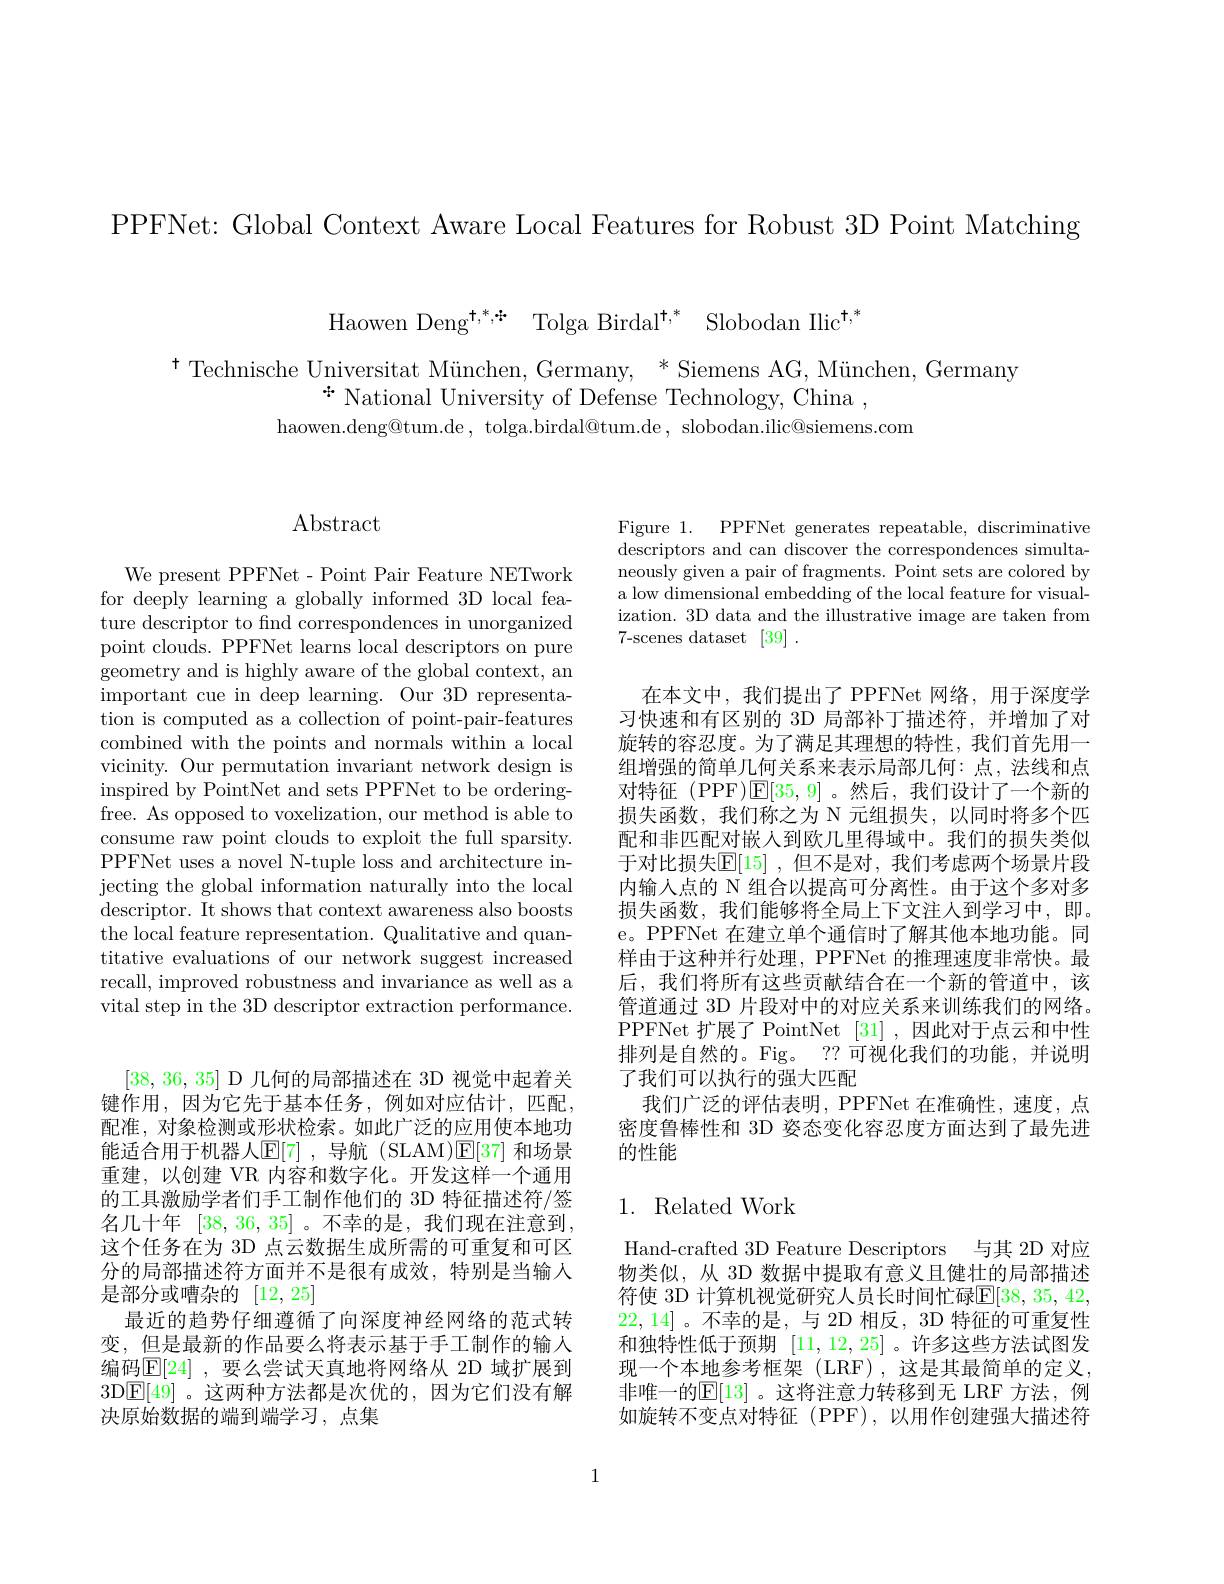
PPFNet: Global Context Aware Local Features for Robust 3D Point Matching

Haowen Deng$^{\dagger,*,*}$ Tolga Birdal$^{\dagger,*}$ Slobodan Ilic$^{\dagger,*}$

$^{\dagger}$ Technische Universitat München, Germany, * Siemens AG, München, Germany
${}^{*}$ National University of Defense Technology, China ,
haowen.deng@tum.de, tolga.birdal@tum.de, slobodan.ilic@siemens.com

## Abstract

We present PPFNet- Point Pair Feature NETwork for deeply learning a globally informed 3D local feature descriptor to find correspondences in unorganized point clouds. PPFNet learns local descriptors on pure geometry and is highly aware of the global context, an important cue in deep learning. Our 3D representation is computed as a collection of point-pair-features combined with the points and normals within a local vicinity. Our permutation invariant network design is inspired by PointNet and sets PPFNet to be orderingfree. As opposed to voxelization, our method is able to consume raw point clouds to exploit the full sparsity. PPFNet uses a novel N-tuple loss and architecture injecting the global information naturally into the local descriptor. It shows that context awareness also boosts the local feature representation. Qualitative and quantitative evaluations of our network suggest increased recall, improved robustness and invariance as well as a vital step in the 3D descriptor extraction performance.

[38,36,35] D 几何的局部描述在 3D 视觉中起着关键作用，因为它先于基本任务，例如对应估计，匹配配准，对象检测或形状检索。如此广泛的应用使本地功能适合用于机器人$\mathbb{E}[7]$ ,导航 (SLAM)$\mathbb{E}[37]$ 和场景重建，以创建 VR 内容和数字化。开发这样一个通用的工具激励学者们手工制作他们的 3D 特征描述符/签名几十年[38,36,35] 。不幸的是，我们现在注意到， 这个任务在为 3D 点云数据生成所需的可重复和可区分的局部描述符方面并不是很有成效，特别是当输入是部分或嘈杂的[12,25]
最近的趋势仔细遵循了向深度神经网络的范式转变，但是最新的作品要么将表示基于手工制作的输入编码$\operatorname{E}[24]$ ,要么尝试天真地将网络从 2D 域扩展到3DE[49]。这两种方法都是次优的，因为它们没有解决原始数据的端到端学习，点集

Figure 1. PPFNet generates repeatable, discriminative descriptors and can discover the correspondences simultaneously given a pair of fragments. Point sets are colored by a low dimensional embedding of the local feature for visualization. 3D data and the illustrative image are taken from 7-scenes dataset [39].

在本文中，我们提出了 PPFNet 网络，用于深度学习快速和有区别的 3D 局部补丁描述符，并增加了对旋转的容忍度。为了满足其理想的特性，我们首先用一组增强的简单几何关系来表示局部几何：点，法线和点对特征 (PPF)$\mathbb{E}[35,9]$。然后，我们设计了一个新的损失函数，我们称之为 N 元组损失，以同时将多个匹配和非匹配对嵌人到欧几里得域中。我们的损失类似于对比损失$\mathbb{E}[15]$ ,但不是对，我们考虑两个场景片段内输入点的 N 组合以提高可分离性。由于这个多对多损失函数，我们能够将全局上下文注人到学习中，即。e。PPFNet 在建立单个通信时了解其他本地功能。同样由于这种并行处理，PPFNet 的推理速度非常快。最后，我们将所有这些贡献结合在一个新的管道中，该管道通过 3D 片段对中的对应关系来训练我们的网络。PPFNet 扩展了 PointNet [31] ,因此对于点云和中性排列是自然的。Fig。?? 可视化我们的功能，并说明了我们可以执行的强大匹配
我们广泛的评估表明，PPFNet 在准确性，速度，点密度鲁棒性和 3D 姿态变化容忍度方面达到了最先进的性能

## 1. Related Work

Hand-crafted 3D Feature Descriptors 与其 2D 对应物类似，从 3D 数据中提取有意义且健壮的局部描述符使 3D 计算机视觉研究人员长时间忙碌$\mathbb{E}[38,35,42$, 22,14]。不幸的是，与 2D 相反，3D 特征的可重复性和独特性低于预期[11,12,25] 。许多这些方法试图发现一个本地参考框架(LRF),这是其最简单的定义， 非唯一的$\mathbb{E}[13]$ 。这将注意力转移到无 LRF 方法，例如旋转不变点对特征(PPF),以用作创建强大描述符

1